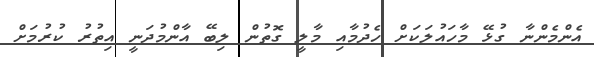
އެންމެންނާ ގުޅޭ މާހައުލަކަށް ހެދުމާއި މާލީ ގޮތުން ލިބޭ އާންމުދަނީ އިތުރު ކުރުމަށް